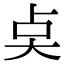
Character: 奌